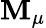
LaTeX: \mathbf{M}_{\mu}